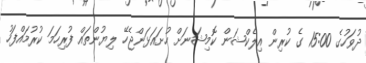
ދުވަހުގެ 15:00 ގެ ކުރިން އިލެކްޝަން ކޮމިޝަނަށް ހުށައަޅަންޖެހޭ ލިޔުންތައް ފުރިހަމަ ކުރުމައްފަހު